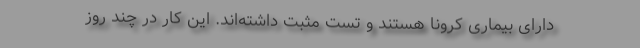
دارای بیماری کرونا هستند و تست مثبت داشته‌اند. این کار در چند روز